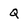
Character: Q